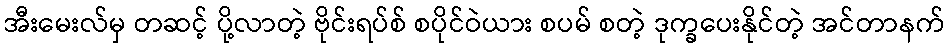
အီးမေးလ်မှ တဆင့် ပို့လာတဲ့ ဗိုင်းရပ်စ် စပိုင်ဝဲယား စပမ် စတဲ့ ဒုက္ခပေးနိုင်တဲ့ အင်တာနက်